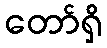
တော်ရှိ